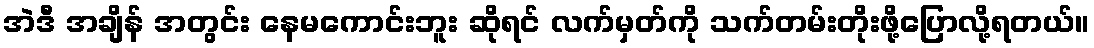
အဲဒီ အချိန် အတွင်း နေမကောင်းဘူး ဆိုရင် လက်မှတ်ကို သက်တမ်းတိုးဖို့ပြောလို့ရတယ်။